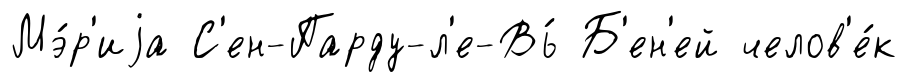
Мэ́р'иjа С'ен-Парду-л'е-Вь́ Б'ен'ей челов'е́к